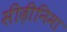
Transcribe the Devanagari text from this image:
सीढ़ीनिमा